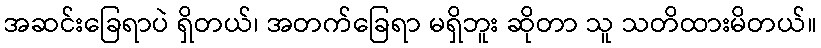
အဆင်းခြေရာပဲ ရှိတယ်၊ အတက်ခြေရာ မရှိဘူး ဆိုတာ သူ သတိထားမိတယ်။